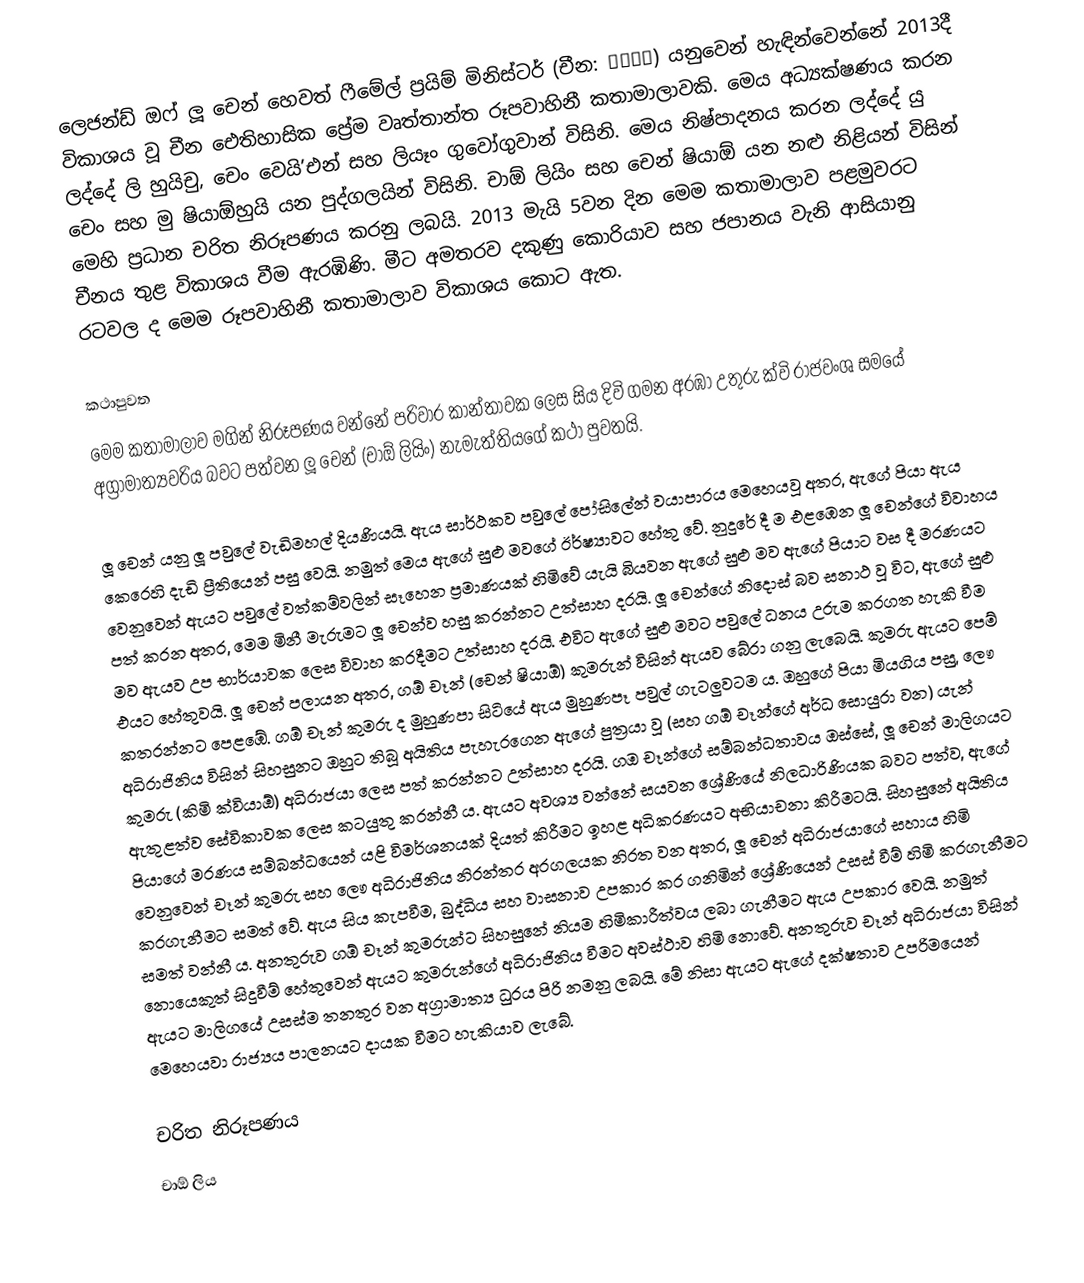
ලෙජන්ඩ් ඔෆ් ලූ චෙන් හෙවත් ෆීමේල් ප්‍රයිම් මිනිස්ටර් (චීන: 陆贞传奇) යනුවෙන් හැඳින්වෙන්නේ 2013දී විකාශය වූ චීන ඓතිහාසික ප්‍රේම වෘත්තාන්ත රූපවාහිනී කතාමාලාවකි. මෙය අධ්‍යක්ෂණය කරන ලද්දේ ලි හුයිචු, චෙං වෙයි’එන් සහ ලියෑං ගුවෝගුවාන් විසිනි. මෙය නිෂ්පාදනය කරන ලද්දේ යු චෙං සහ මු ෂියාඕහුයි යන පුද්ගලයින් විසිනි. චාඕ ලියිං සහ චෙන් ෂියාඕ යන නළු නිළියන් විසින් මෙහි ප්‍රධාන චරිත නිරූපණය කරනු ලබයි. 2013 මැයි 5වන දින මෙම කතාමාලාව පළමුවරට චීනය තුළ විකාශය වීම ඇරඹිණි. මීට අමතරව දකුණු කොරියාව සහ ජපානය වැනි ආසියානු රටවල ද මෙම රූපවාහිනී කතාමාලාව විකාශය කොට ඇත.

කථාපුවත
මෙම කතාමාලාව මගින් නිරූපණය වන්නේ පරිවාර කාන්තාවක ලෙස සිය දිවි ගමන අරඹා උතුරු ක්වි රාජවංශ සමයේ අග්‍රාමාත්‍යවරිය බවට පත්වන ලූ චෙන් (චාඕ ලියිං) නැමැත්තියගේ කථා පුවතයි.

ලූ චෙන් යනු ලූ පවුලේ වැඩිමහල් දියණියයි. ඇය සාර්ථකව පවුලේ පෝසිලේන් වයාපාරය මෙහෙයවූ අතර, ඇගේ පියා ඇය කෙරෙහි දැඩි ප්‍රීතියෙන් පසු වෙයි. නමුත් මෙය ඇගේ සුළු මවගේ ‍ඊර්ෂ්‍යාවට හේතු වේ. නුදුරේ දී ම එළඹෙන ලූ චෙන්ගේ විවාහය වෙනුවෙන් ඇයට පවුලේ වත්කම්වලින් සෑහෙන ප්‍රමාණයක් හිමිවේ යැයි බියවන ඇගේ සුළු මව ඇගේ පියාට වස දී මරණයට පත් කරන අතර, මෙම මිනී මැරුමට ලූ චෙන්ව හසු කරන්නට උත්සාහ දරයි. ලූ චෙන්ගේ නිදොස් බව සනාථ වූ විට, ඇගේ සුළු මව ඇයව උප භාර්යාවක ලෙස විවාහ කරදීමට උත්සාහ දරයි. එවිට ඇගේ සුළු මවට පවුලේ ධනය උරුම කරගත හැකි වීම එයට හේතුවයි. ලූ චෙන් පලායන අතර, ගඕ චෑන් (චෙන් ෂියාඕ) කුමරුන් විසින් ඇයව බේරා ගනු ලැබෙයි. කුමරු ඇයට පෙම් කතරන්නට පෙළඹේ. ගඕ චෑන් කුමරු ද මුහුණපා සිටියේ ඇය මුහුණපෑ පවුල් ගැටලුවටම ය. ඔහුගේ පියා මියගිය පසු, ලෞ අධිරාජිනිය විසින් සිහසුනට ඔහුට තිබූ අයිතිය පැහැරගෙන ඇගේ පුත්‍රයා වූ (සහ ගඕ චෑන්ගේ අර්ධ සොයුරා වන) යැන් කුමරු (කිමි ක්වියාඕ) අධිරාජයා ලෙස පත් කරන්නට උත්සාහ දරයි. ගඔ චෑන්ගේ සම්බන්ධතාවය ඔස්සේ, ලූ චෙන් මාලිගයට ඇතුළත්ව සේවිකාවක ලෙස කටයුතු කරන්නී ය. ඇයට අවශ්‍ය වන්නේ සයවන ශ්‍රේණියේ නිලධාරිණියක බවට පත්ව, ඇගේ පියාගේ මරණය සම්බන්ධයෙන් යළි විමර්ශනයක් දියත් කිරීමට ඉහළ අධිකරණයට අභියාචනා කිරීමටයි. සිහසුනේ අයිතිය වෙනුවෙන් චෑන් කුමරු සහ ලෞ අධිරාජිනිය නිරන්තර අරගලයක නිරත වන අතර, ලූ චෙන් අධිරාජයාගේ සහාය හිමි කරගැනීමට සමත් වේ. ඇය සිය කැපවීම, බුද්ධිය සහ වාසනාව උපකාර කර ගනිමින් ශ්‍රේණියෙන් උසස් වීම් හිමි කරගැනීමට සමත් වන්නී ය. අනතුරුව ගඕ චෑන් කුමරුන්ට සිහසුනේ නියම හිමිකාරීත්වය ලබා ගැනීමට ඇය උපකාර වෙයි. නමුත් නොයෙකුත් සිදුවීම් හේතුවෙන් ඇයට කුමරුන්ගේ අධිරාජිනිය වීමට ‍අවස්ථාව හිමි නොවේ. අනතුරුව චෑන් අධිරාජයා විසින් ඇයට මාලිගයේ උසස්ම තනතුර වන අග්‍රාමාත්‍ය ධුරය පිරි නමනු ලබයි. මේ නිසා ඇයට ඇගේ දක්ෂතාව උපරිමයෙන් මෙහෙයවා රාජ්‍යය පාලනයට දායක වීමට හැකියාව ලැබේ.

චරිත නිරූපණය
 චාඕ ලිය